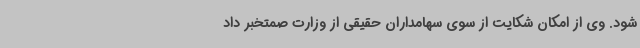
شود. وی از امکان شکایت از سوی سهامداران حقیقی از وزارت صمتخبر داد